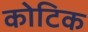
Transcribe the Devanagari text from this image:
कोटिक